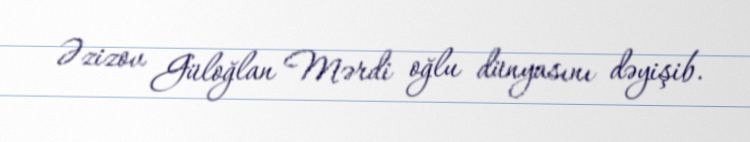
Əzizov Güloğlan Mərdi oğlu dünyasını dəyişib.